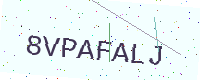
Text: 8VPAFALJ